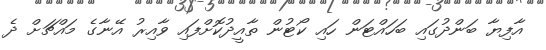
އާފިޔާ ބަންދުގައި ބަހައްޓަން ހައި ކޯޓުން ތާއީދުކޮށްފައި ވާއިރު އޭނާގެ މައްޗަށް ދެ